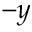
- y